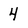
Character: 4